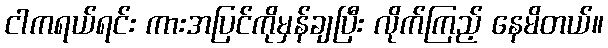
ငါကရယ်ရင်း ကားအပြင်ကိုမှန်ချပြီး လိုက်ကြည့် နေမိတယ်။